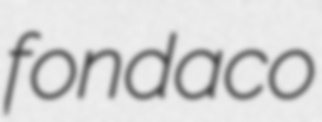
fondaco